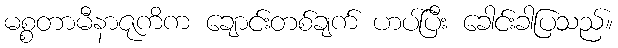
မစ္စတာမီနာဇုကိက ချောင်းတစ်ချက် ဟပ်ပြီး ခေါင်းခါပြသည်။